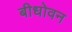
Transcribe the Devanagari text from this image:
बीधोवन